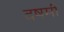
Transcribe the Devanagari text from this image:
दषमी